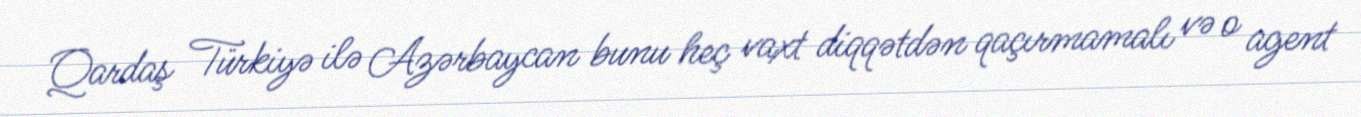
Qardaş Türkiyə ilə Azərbaycan bunu heç vaxt diqqətdən qaçırmamalı və o agent